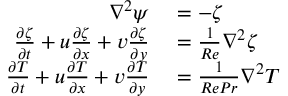
\begin{array} { r l } { \nabla ^ { 2 } \psi } & { { } = - \zeta } \\ { \frac { \partial \zeta } { \partial t } + u \frac { \partial \zeta } { \partial x } + v \frac { \partial \zeta } { \partial y } } & { { } = \frac { 1 } { R e } \nabla ^ { 2 } \zeta } \\ { \frac { \partial T } { \partial t } + u \frac { \partial T } { \partial x } + v \frac { \partial T } { \partial y } } & { { } = \frac { 1 } { R e P r } \nabla ^ { 2 } T } \end{array}